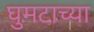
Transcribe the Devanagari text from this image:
घुमटाच्या